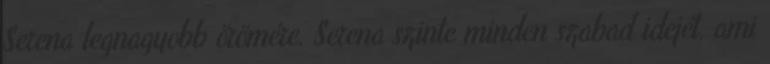
Serena legnagyobb örömére. Serena szinte minden szabad idejét, ami